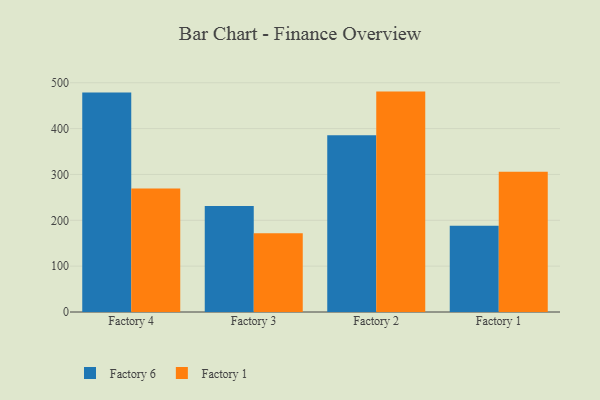
{"axis": {"x": "Factory", "y": "Churn Rate (%)"}, "legend": ["Factory 1", "Factory 6"], "data": [{"x": "Factory 4", "y": 478.9, "type": "Factory 6"}, {"x": "Factory 4", "y": 269.3, "type": "Factory 1"}, {"x": "Factory 3", "y": 231.4, "type": "Factory 6"}, {"x": "Factory 3", "y": 171.9, "type": "Factory 1"}, {"x": "Factory 2", "y": 385.7, "type": "Factory 6"}, {"x": "Factory 2", "y": 480.7, "type": "Factory 1"}, {"x": "Factory 1", "y": 188.3, "type": "Factory 6"}, {"x": "Factory 1", "y": 306.1, "type": "Factory 1"}]}